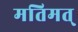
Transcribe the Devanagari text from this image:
मतिमत्‌